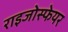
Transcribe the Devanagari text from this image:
राइजोस्फेयर